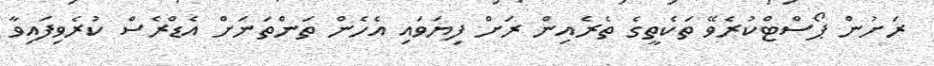
ރަށުން ޕޯސްޓްކުރެވޭ ތަކެތީގެ ތެރެއިން ރަށް ފިޔަވައި އެހެން ތަންތަނަށް އެޑްރެސް ކުރެވިފައިވާ